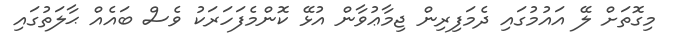
މިގޮތަށް ލޭ އައުމުގައި ދެމަފިރިން ޖިމާޢުވާން އުޅޭ ކޮންމެފަހަރަކު ވެސް ބައެއް ޙާލަތުގައި